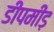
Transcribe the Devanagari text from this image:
डीपमींड़